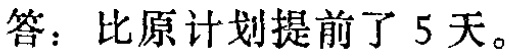
答：比原计划提前了 5 天。